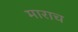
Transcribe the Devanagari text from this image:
माराच